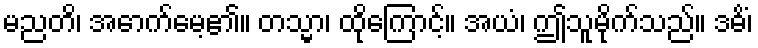
မညတိ၊ အောက်မေ့၏။ တသ္မာ၊ ထိုကြောင့်။ အယံ၊ ဤသူမိုက်သည်။ ဒဓိံ၊